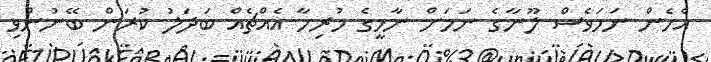
އެހެން ނަމަވެސް ލޫނާގެ ނަމަށް ނާމީގެ ހުރިހާ އެއްޗެއް ބަދަލު ކުރަން ބޭނުންވި